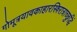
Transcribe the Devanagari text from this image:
गोमूत्रयावकाहारस्त्रिरात्राच्छुद्धिं